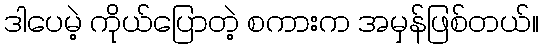
ဒါပေမဲ့ ကိုယ်ပြောတဲ့ စကားက အမှန်ဖြစ်တယ်။